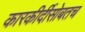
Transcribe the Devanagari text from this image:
कारकीर्दीसोबतच